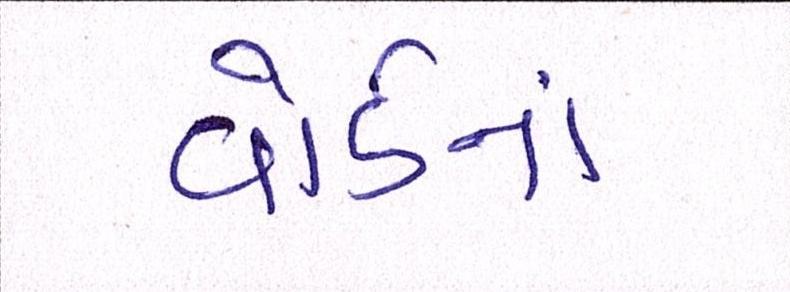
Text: વોર્ડનાં